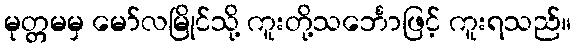
မုတ္တမမှ မော်လမြိုင်သို့ ကူးတို့သင်္ဘောဖြင့် ကူးရသည်။